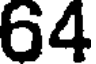
64